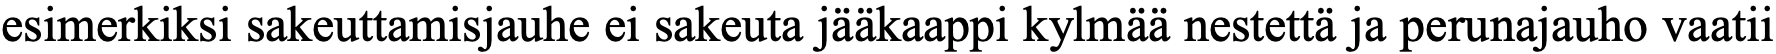
esimerkiksi sakeuttamisjauhe ei sakeuta jääkaappi kylmää nestettä ja perunajauho vaatii